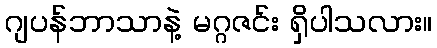
ဂျပန်ဘာသာနဲ့ မဂ္ဂဇင်း ရှိပါသလား။